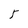
Character: 5